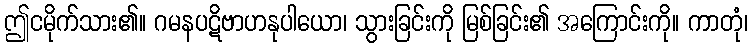
ဤငမိုက်သား၏။ ဂမနပဋိဗာဟနုပါယော၊ သွားခြင်းကို မြစ်ခြင်း၏ အကြောင်းကို။ ကာတုံ၊